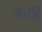
ચાઊ